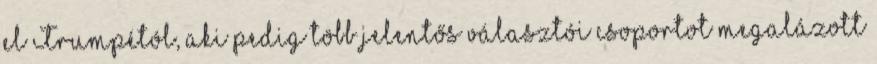
el Trumpétól, aki pedig több jelentős választói csoportot megalázott